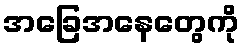
အခြေအနေတွေကို